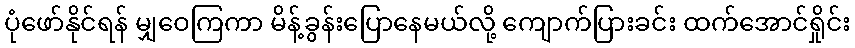
ပုံဖော်နိုင်ရန် မျှဝေကြကာ မိန့်ခွန်းပြောနေမယ်လို့ ကျောက်ပြားခင်း ထက်အောင်ရှိုင်း